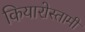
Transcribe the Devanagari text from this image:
कियारोस्तामी